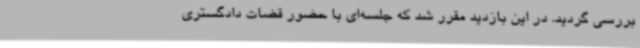
بررسی گردید. در این بازدید مقرر شد که جلسه‌ای با حضور قضات دادگستری